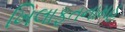
ખિલાફતનામહ